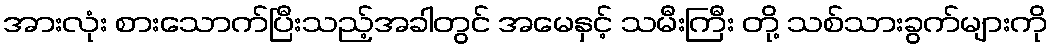
အားလုံး စားသောက်ပြီးသည့်အခါတွင် အမေနှင့် သမီးကြီး တို့ သစ်သားခွက်များကို